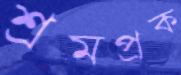
শ্রমপ্রক